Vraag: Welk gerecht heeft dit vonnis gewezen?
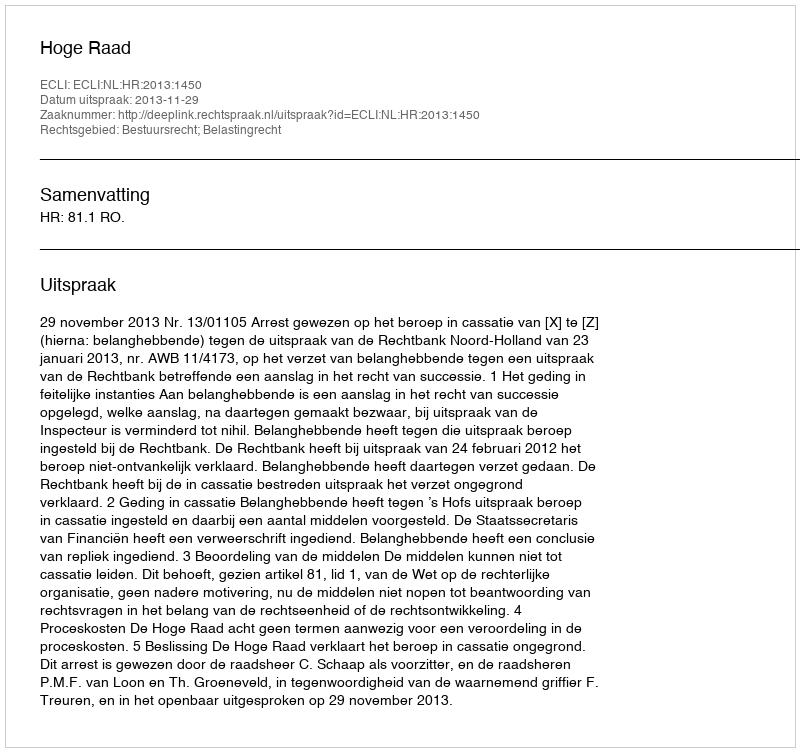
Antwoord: Hoge Raad